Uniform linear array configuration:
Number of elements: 64
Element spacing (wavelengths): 0.25
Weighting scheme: blackman
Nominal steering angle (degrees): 60
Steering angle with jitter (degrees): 60.809
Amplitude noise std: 0.05
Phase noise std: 0.05

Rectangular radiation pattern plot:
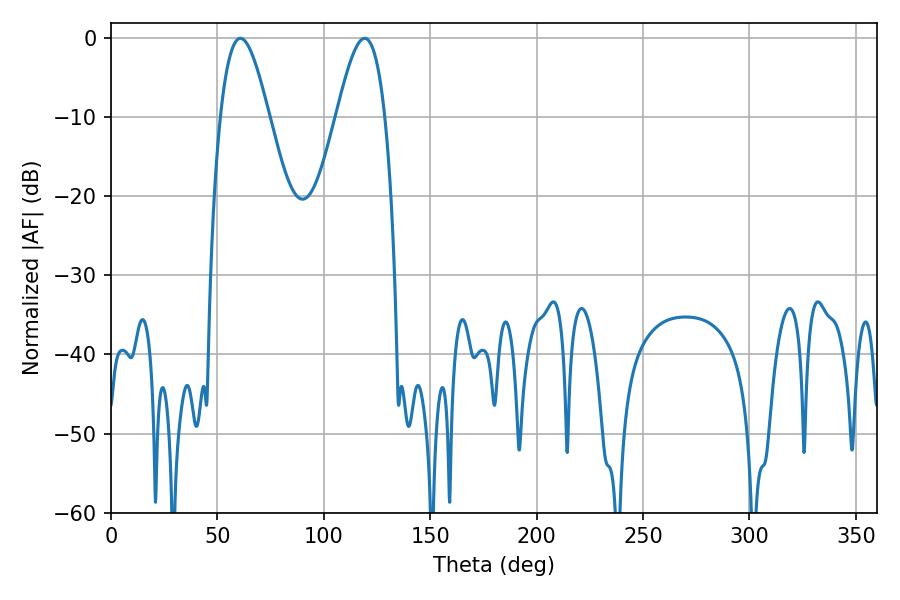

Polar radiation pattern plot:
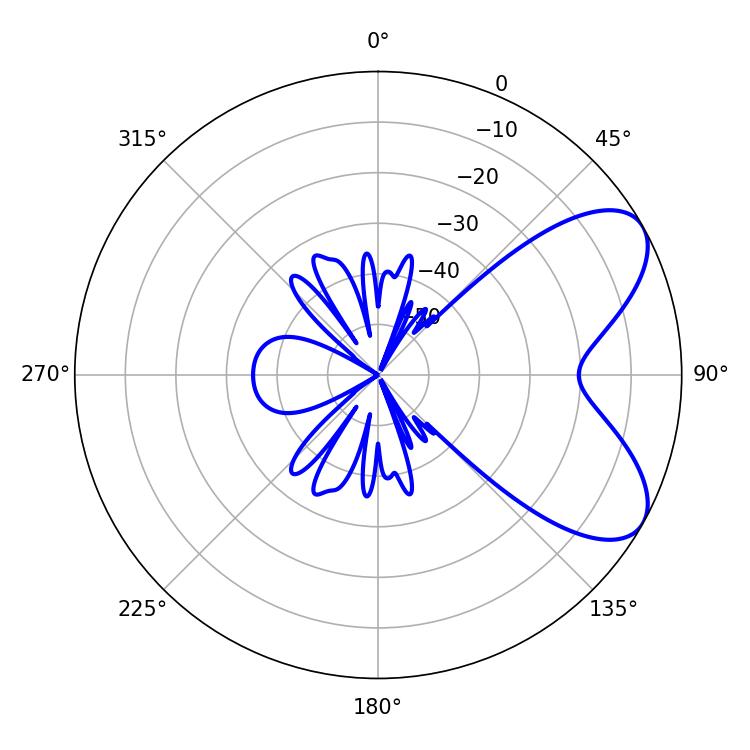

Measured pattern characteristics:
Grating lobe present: FALSE
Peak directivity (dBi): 6.812
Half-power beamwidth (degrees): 12.24
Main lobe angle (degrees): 60.84